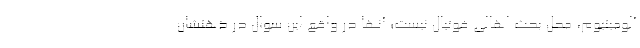
آلومینیوم، محل بحث اهالی فوتبال نیست؛ آنها در واقع این سوال در ذهنشان